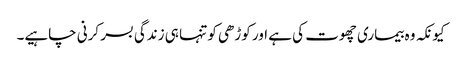
کیونکہ وہ بیماری چھوت کی ہے اور کوڑھی کو تنہا ہی زندگی بسر کرنی چاہیے۔